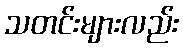
သတင်းများလည်း